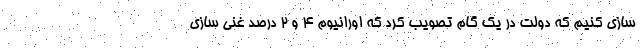
سازی کنیم که دولت در یک گام تصویب کرد که اورانیوم ۴ و ۲ درصد غنی سازی